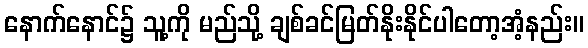
နောက်နောင်၌ သူ့ကို မည်သို့ ချစ်ခင်မြတ်နိုးနိုင်ပါတော့အံ့နည်း။